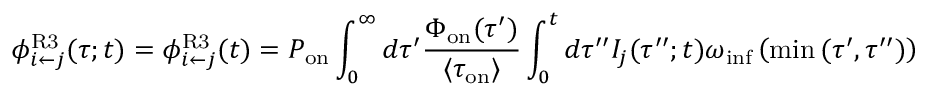
\phi _ { i \leftarrow j } ^ { \mathrm { R 3 } } ( \tau ; t ) = \phi _ { i \leftarrow j } ^ { \mathrm { R 3 } } ( t ) = P _ { \mathrm { o n } } \int _ { 0 } ^ { \infty } d \tau ^ { \prime } \frac { \Phi _ { \mathrm { o n } } ( \tau ^ { \prime } ) } { \langle \tau _ { \mathrm { o n } } \rangle } \int _ { 0 } ^ { t } d \tau ^ { \prime \prime } I _ { j } ( \tau ^ { \prime \prime } ; t ) \omega _ { \mathrm { i n f } } \left( \operatorname* { m i n } { ( \tau ^ { \prime } , \tau ^ { \prime \prime } ) } \right)